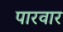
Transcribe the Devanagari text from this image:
पारवार